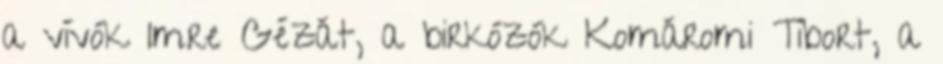
a vívók Imre Gézát, a birkózók Komáromi Tibort, a